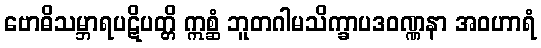
ဗောဓိသမ္ဘာရပဋိပတ္တိ ဣစ္ဆံ ဘူတဂါမသိက္ခာပဒဝဏ္ဏနာ အဝဟာရံ